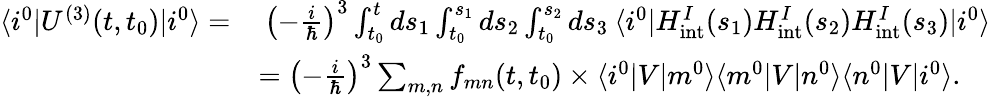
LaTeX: \begin{array}{rl}{\langle i^{0}\lvert U^{(3)}(t,t_{0})\lvert i^{0}\rangle=}&{\: \left(-\frac{i}{\hbar}\right)^{3}\int_{t_{0}}^{t}ds_{1}\int_{t_{0}}^{s_{1}}ds_{2}\int_{t_{0}}^{s_{2}}ds_{3}\: \langle i^{0}\lvert H_{\mathrm{int}}^{I}(s_{1})H_{\mathrm{int}}^{I}(s_{2})H_{\mathrm{int}}^{I}(s_{3})\lvert i^{0}\rangle}\\ &{=\left(-\frac{i}{\hbar}\right)^{3}\sum_{m,n}f_{mn}(t,t_{0})\times\langle i^{0}\lvert V\lvert m^{0}\rangle\langle m^{0}\lvert V\lvert n^{0}\rangle\langle n^{0}\lvert V\lvert i^{0}\rangle.}\end{array}